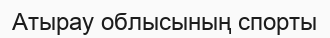
Атырау облысының спорты